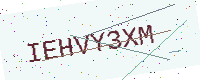
Text: IEHVY3XM